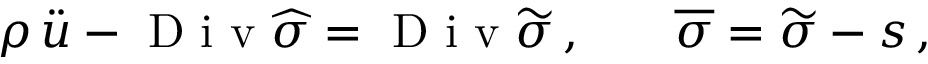
\begin{array} { r l r } { \rho \, \ddot { u } - \mathrm { ~ D ~ i ~ v ~ } \widehat { \sigma } = \mathrm { ~ D ~ i ~ v ~ } \widetilde { \sigma } \, , } & { { } } & { \overline { { \sigma } } = \widetilde { \sigma } - s \, , } \end{array}